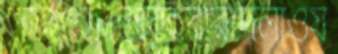
বাসসংক্রান্তহাঁকবারদেলাওয়